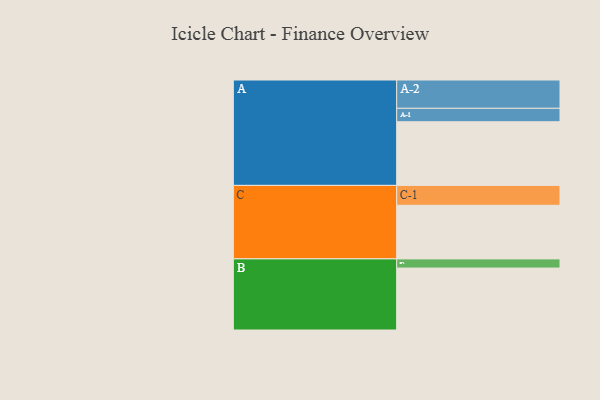
{"axis": {"x": "Segment", "y": "Value"}, "legend": ["", "A", "B", "C"], "data": [{"x": "A", "y": 596, "type": ""}, {"x": "B", "y": 580, "type": ""}, {"x": "C", "y": 502, "type": ""}, {"x": "A-1", "y": 126, "type": "A"}, {"x": "A-2", "y": 265, "type": "A"}, {"x": "B-1", "y": 86, "type": "B"}, {"x": "C-1", "y": 186, "type": "C"}]}